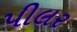
પીલર